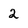
Character: 2